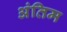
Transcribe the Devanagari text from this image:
अंतिम